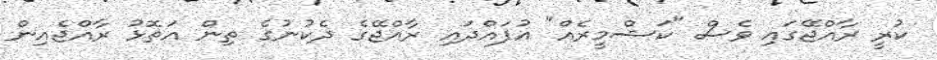
ކުރީ ރާއްޖޭގައި ވެސް "ކަޝްމީރެއް" އުފައްދައި ރާއްޖޭގެ ދެކުނުގެ ތިން އަތޮޅު ރާއްޖެއިން